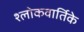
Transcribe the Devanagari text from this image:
श्लोकवार्तिके